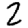
Digit: 2